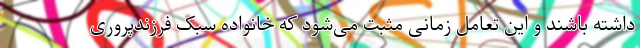
داشته باشند و این تعامل زمانی مثبت می‌شود که خانواده‌ سبک فرزندپروری